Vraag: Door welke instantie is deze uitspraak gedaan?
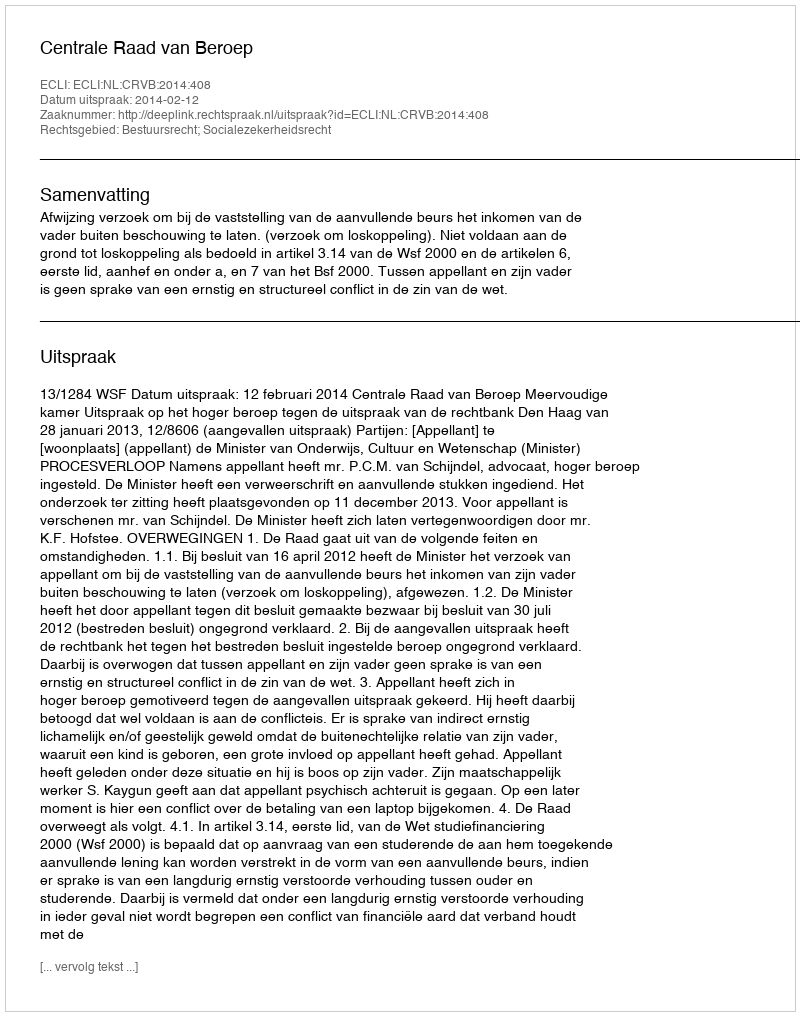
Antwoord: Centrale Raad van Beroep